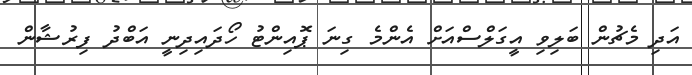
އަދި މެޗުން ބަލިވި އީގަލްސްއަށް އެންމެ ގިނަ ޕޮއިންޓު ހޯދައިދިނީ އަބްދު ފިރުޝާން